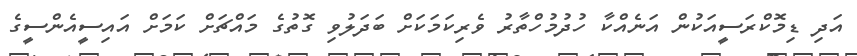
އަދި ޑިމޮކްރަސީއަކުން އަނެއްކާ ހުދުމުހްތާރު ވެރިކަމަކަށް ބަދަލުވި ގޮތުގެ މައްޗަށް ކަމަށް އައިސީއެންސީގެ